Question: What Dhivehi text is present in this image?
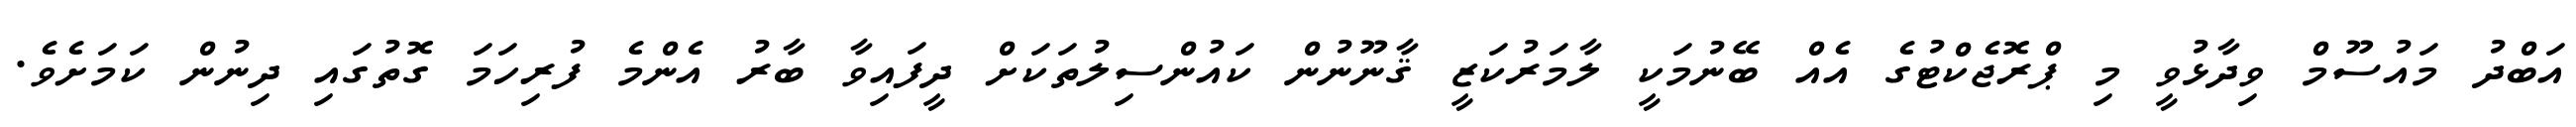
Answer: އަބްދު މައުސޫމް ވިދާޅުވީ މި ޕްރޮޖެކްޓުގެ އެއް ބޭނުމަކީ ލާމަރުކަޒީ ޤާނޫނުން ކައުންސިލުތަކަށް ދީފައިވާ ބާރު އެންމެ ފުރިހަމަ ގޮތުގައި ދިނުން ކަމަށެވެ.